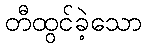
တီထွင်ခဲ့သော